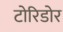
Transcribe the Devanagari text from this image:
टोरिडोर